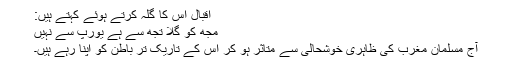
اقبال اس کا گلہ کرتے ہوئے کہتے ہیں:
مجھ کو گلا تجھ سے ہے یورپ سے نہیں
آج مسلمان مغرب کی ظاہری خوشحالی سے متاثر ہو کر اس کے تاریک تر باطن کو اپنا رہے ہیں۔